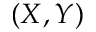
( X , Y )